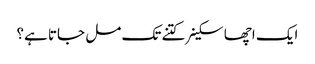
ایک اچھا سکینر کتنے تک مل جاتا ہے؟